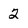
Character: 2